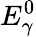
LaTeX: E_{\gamma}^{0}